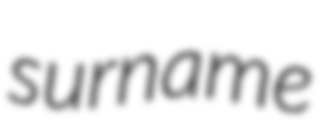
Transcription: surname